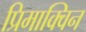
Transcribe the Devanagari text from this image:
प्रिमाक्विन